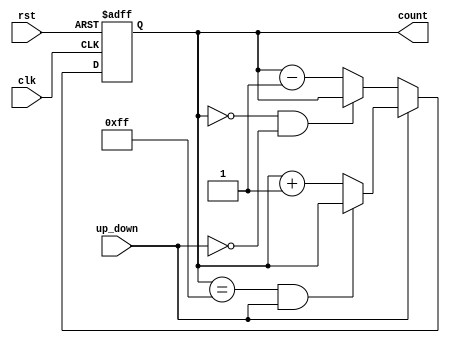
module UpDownCounter (
    input wire clk, // Clock input
    input wire rst, // Reset input
    input wire up_down, // Control signal for up/down mode
    output reg [7:0] count // Output count value
);

// Internal register for current count value
reg [7:0] count_reg;

// Comparator for checking overflow and underflow conditions
wire overflow = (count_reg == 8'hFF) & up_down;
wire underflow = (count_reg == 8'h00) & ~up_down;

// Arithmetic Logic Unit for incrementing or decrementing the count value
always @ (posedge clk or posedge rst) begin
    if (rst) begin
        count_reg <= 8'h00; // Reset count value
    end else begin
        if (up_down) begin
            // Increment count value
            if (!overflow) begin
                count_reg <= count_reg + 1;
            end
        end else begin
            // Decrement count value
            if (!underflow) begin
                count_reg <= count_reg - 1;
            end
        end
    end
end

// Assign output count value
assign count = count_reg;

endmodule